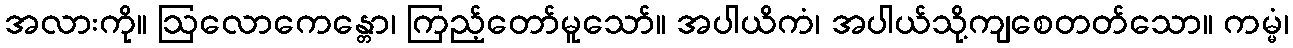
အလားကို။ ဩလောကေန္တော၊ ကြည့်တော်မူသော်။ အပါယိကံ၊ အပါယ်သို့ကျစေတတ်သော။ ကမ္မံ၊